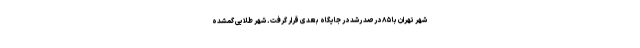
شهر تهران با ۸۵ درصد رشد در جایگاه بعدی قرار گرفت. شهر طلایی گمشده